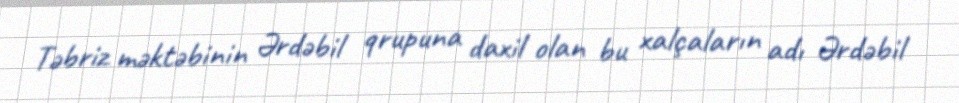
Təbriz məktəbinin Ərdəbil qrupuna daxil olan bu xalçaların adı Ərdəbil